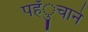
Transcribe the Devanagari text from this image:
पहँुचाने